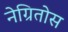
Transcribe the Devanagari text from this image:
नेग्रितोस